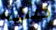
كنت